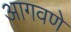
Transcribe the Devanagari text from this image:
आगवणे